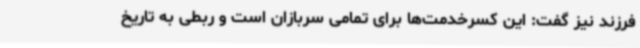
فرزند نیز گفت: این کسرخدمت‌ها برای تمامی سربازان است و ربطی به تاریخ